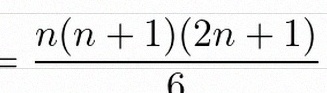
\sum_{i=1}^{n}i^2=\frac{n(n+1)(2n+1)}6